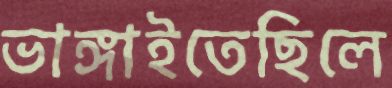
ভাঙ্গাইতেছিলে